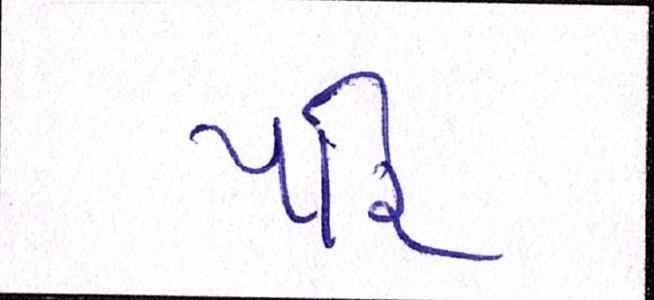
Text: પરિ